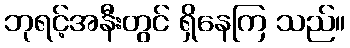
ဘုရင့်အနီးတွင် ရှိနေကြ သည်။